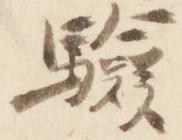
験